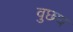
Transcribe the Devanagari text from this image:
वुछथ